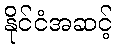
နိုင်ငံအဆင့်